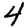
Digit: 4